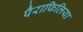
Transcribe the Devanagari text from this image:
पैराफिलिया